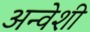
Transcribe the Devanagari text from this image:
अन्वेशी